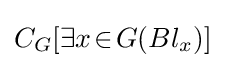
C_{G}[\exists x\!\in \!G(Bl_{x})]